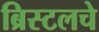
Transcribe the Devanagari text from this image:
ब्रिस्टलचे